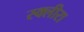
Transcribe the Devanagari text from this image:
स्क्लीरा